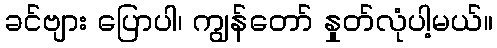
ခင်ဗျား ပြောပါ၊ ကျွန်တော် နှုတ်လုံပါ့မယ်။